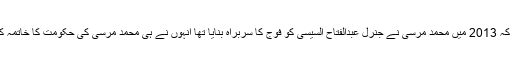
یاد رہے کہ 2013 میں محمد مرسی نے جنرل عبدالفتاح السیسی کو فوج کا سربراہ بنایا تھا انہوں نے ہی محمد مرسی کی حکومت کا خاتمہ کردیا تھا۔